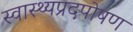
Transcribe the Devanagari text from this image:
स्वास्थ्यप्रदपोषण